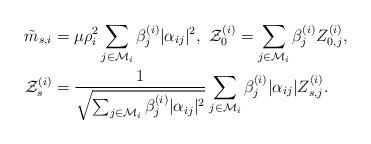
LaTeX: \begin{align*}\tilde{m}_{s,i}&=\mu\rho_i^2\sum_{j\in\mathcal{M}_i}\beta_j^{(i)} |\alpha_{ij}|^2,\,\, \mathcal{Z}_0^{(i)}=\sum_{j\in\mathcal{M}_i}\beta_j^{(i)}Z_{0,j}^{(i)},\\ \mathcal{Z}_s^{(i)}&=\frac{1}{\sqrt{\sum_{j\in\mathcal{M}_i}\beta_j^{(i)} |\alpha_{ij}|^2}}\sum_{j\in\mathcal{M}_i}\beta_j^{(i)}|\alpha_{ij}|Z_{s,j}^{(i)}.\end{align*}